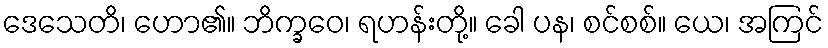
ဒေသေတိ၊ ဟော၏။ ဘိက္ခဝေ၊ ရဟန်းတို့။ ခေါ ပန၊ စင်စစ်။ ယေ၊ အကြင်